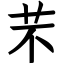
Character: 芣